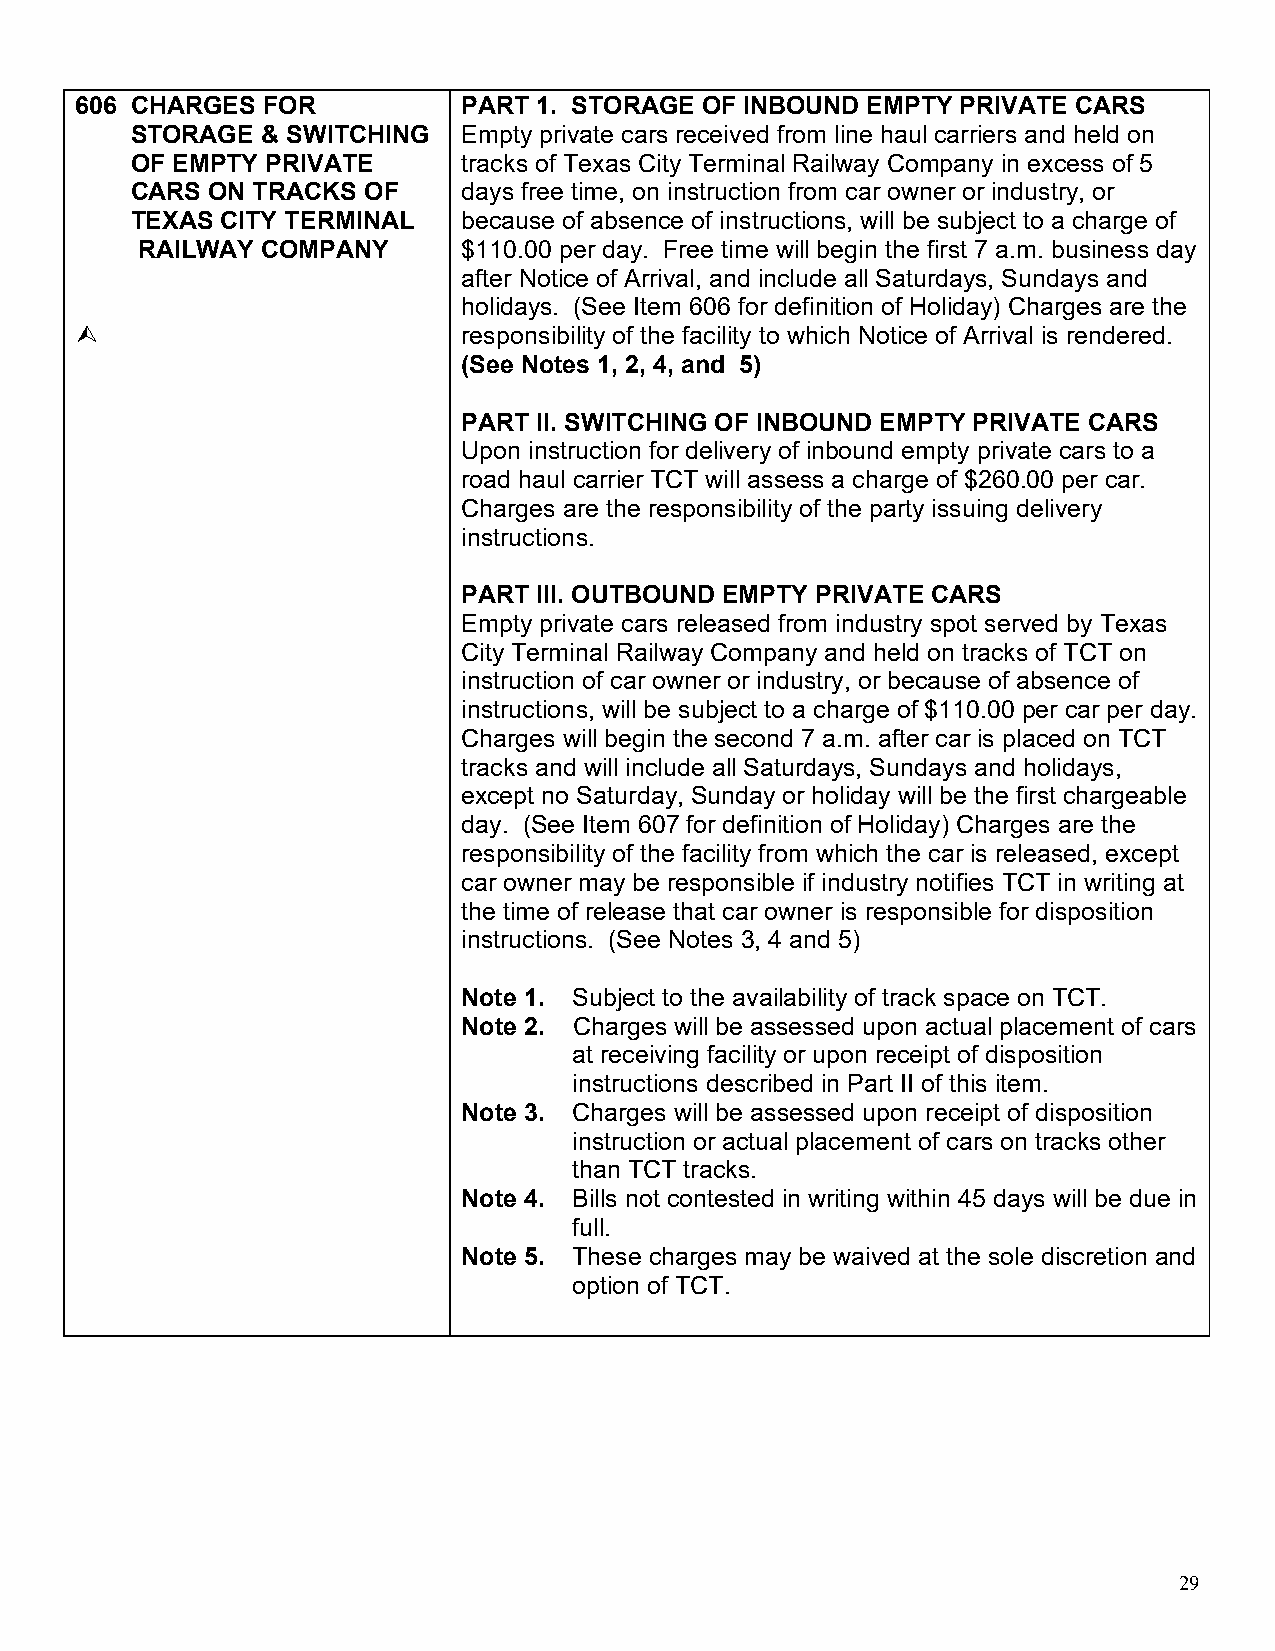
606 CHARGES FOR           PART 1. STORAGE OF INBOUND EMPTY PRIVATE CARS
 STORAGE & SWITCHING   Empty private cars received from line haul carriers and held on
 OF EMPTY PRIVATE      tracks of Texas City Terminal Railway Company in excess of 5
 CARS ON TRACKS OF     days free time, on instruction from car owner or industry, or
 TEXAS CITY TERMINAL   because of absence of instructions, will be subject to a charge of
 RAILWAY COMPANY       $110.00 per day. Free time will begin the first 7 a.m. business day
 after Notice of Arrival, and include all Saturdays, Sundays and
 holidays. (See Item 606 for definition of Holiday) Charges are the
                          responsibility of the facility to which Notice of Arrival is rendered.
 (See Notes 1, 2, 4, and 5)
 PART II. SWITCHING OF INBOUND EMPTY PRIVATE CARS
 Upon instruction for delivery of inbound empty private cars to a
 road haul carrier TCT will assess a charge of $260.00 per car.
 Charges are the responsibility of the party issuing delivery
 instructions.
 PART III. OUTBOUND EMPTY PRIVATE CARS
 Empty private cars released from industry spot served by Texas
 City Terminal Railway Company and held on tracks of TCT on
 instruction of car owner or industry, or because of absence of
 instructions, will be subject to a charge of $110.00 per car per day.
 Charges will begin the second 7 a.m. after car is placed on TCT
 tracks and will include all Saturdays, Sundays and holidays,
 except no Saturday, Sunday or holiday will be the first chargeable
 day. (See Item 607 for definition of Holiday) Charges are the
 responsibility of the facility from which the car is released, except
 car owner may be responsible if industry notifies TCT in writing at
 the time of release that car owner is responsible for disposition
 instructions. (See Notes 3, 4 and 5)
 Note 1. Subject to the availability of track space on TCT.
 Note 2. Charges will be assessed upon actual placement of cars
 at receiving facility or upon receipt of disposition
 instructions described in Part II of this item.
 Note 3. Charges will be assessed upon receipt of disposition
 instruction or actual placement of cars on tracks other
 than TCT tracks.
 Note 4. Bills not contested in writing within 45 days will be due in
 full.
 Note 5. These charges may be waived at the sole discretion and
 option of TCT.
 29